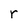
Character: r